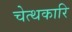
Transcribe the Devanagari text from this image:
चेत्थकारि